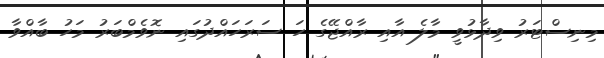
މިނިސްޓަރު ވިދާޅުވީ މާލެ އާއި ރާއްޖޭގެ ހަ ސަރަހައްދުގައި ނޮވެމްބަރު މަހު ބާއްވާ